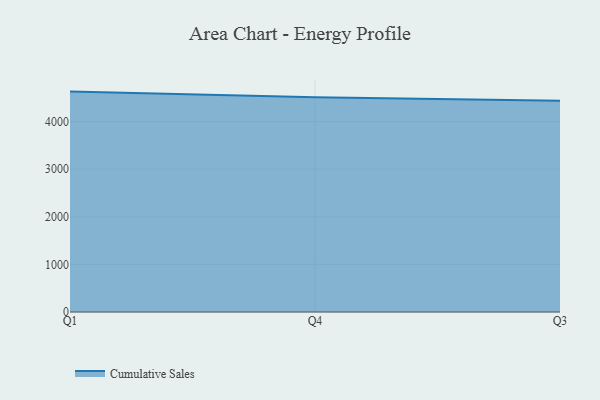
{"axis": {"x": "Quarter", "y": "Temperature (°C)"}, "legend": ["Cumulative Sales"], "data": [{"x": "Q1", "y": 4631.3, "type": "Cumulative Sales"}, {"x": "Q4", "y": 4510.6, "type": "Cumulative Sales"}, {"x": "Q3", "y": 4436.6, "type": "Cumulative Sales"}]}